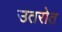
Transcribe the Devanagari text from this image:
उतरोत